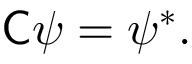
{ \mathsf { C } } \psi = \psi ^ { * } .